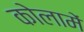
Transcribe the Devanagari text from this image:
कोलामें